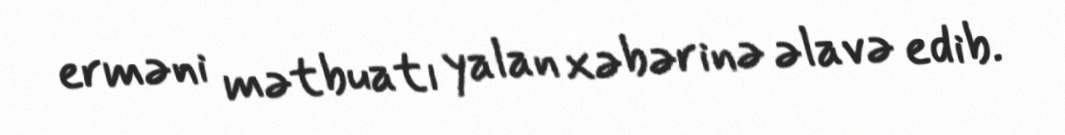
erməni mətbuatı yalan xəbərinə əlavə edib.